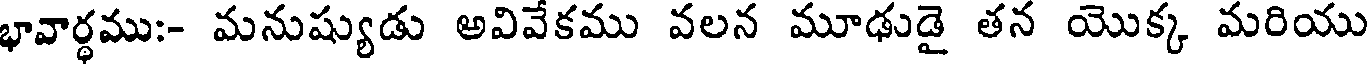
భావార్థము:- మనుష్యుడు అవివేకము వలన మూఢుడై తన యొక్క మరియు